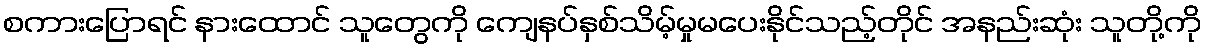
စကားပြောရင် နားထောင် သူတွေကို ကျေနပ်နှစ်သိမ့်မှုမပေးနိုင်သည့်တိုင် အနည်းဆုံး သူတို့ကို